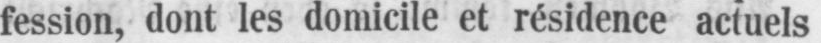
fession, dont les domicile et résidence actuels